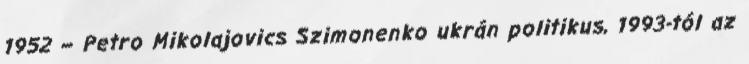
1952 – Petro Mikolajovics Szimonenko ukrán politikus, 1993-tól az